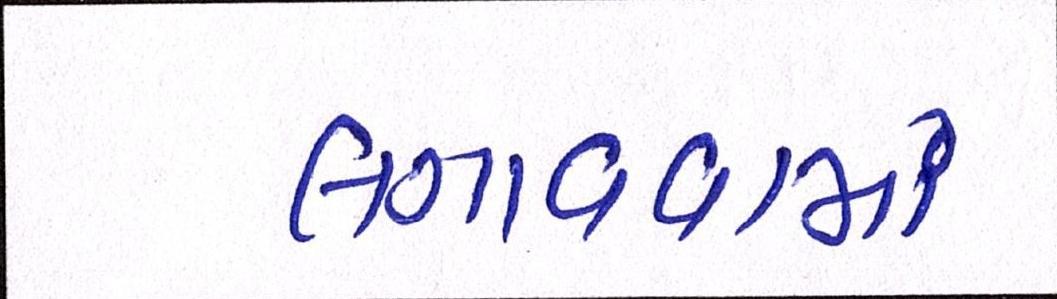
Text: લગાવવામાં